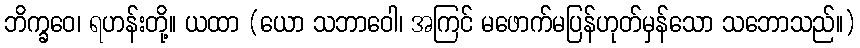
ဘိက္ခဝေ၊ ရဟန်းတို့။ ယထာ (ယော သဘာဝေါ၊ အကြင် မဖောက်မပြန်ဟုတ်မှန်သော သဘောသည်။)